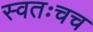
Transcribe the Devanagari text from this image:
स्वतःचच